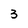
Character: 3